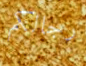
رجالكم